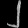
Digit: ၂